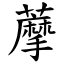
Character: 藦